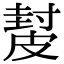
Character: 𥀂